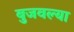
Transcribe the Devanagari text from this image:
बुजवल्या